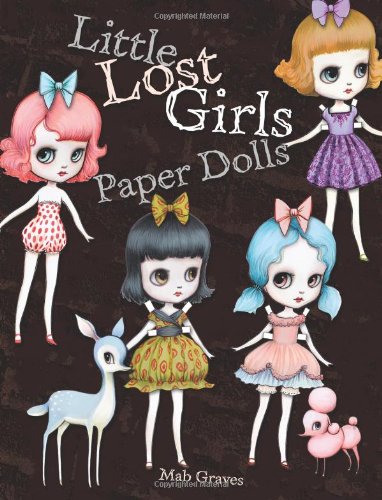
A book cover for Little Lost Girls Paper Dolls; Mab Graves; Crafts, Hobbies & Home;